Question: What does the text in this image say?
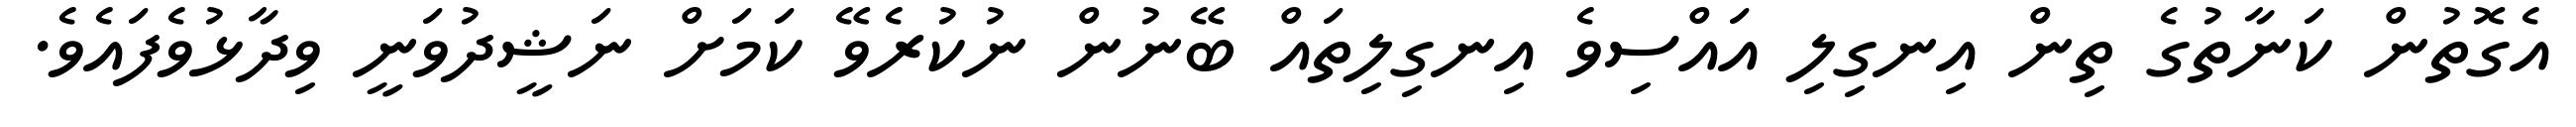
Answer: އެގޮތުން ކަނާތުގެ ތިން އިނގިލި އައްސިވެ އިނގިލިތައް ބޭނުން ނުކުރެވޭ ކަމަށް ނަޝީދުވަނީ ވިދާޅުވެފައެވެ.